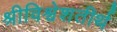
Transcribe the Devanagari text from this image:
श्रीविश्वेशतीर्थ